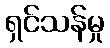
ရှင်သန်မှု